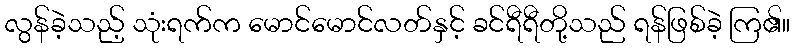
လွန်ခဲ့သည့် သုံးရက်က မောင်မောင်လတ်နှင့် ခင်ရီရီတို့သည် ရန်ဖြစ်ခဲ့ ကြ၏။